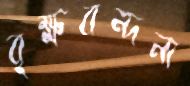
বৃক্ষবন্দনা